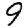
Digit: 9